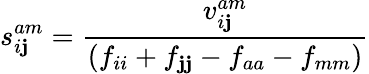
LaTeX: s_{i\mathbf{j}}^{am}=\frac{{v_{i\mathbf{j}}^{am}}}{{(f_{ii}+f_{\mathbf{j}\mathbf{j}}-f_{aa}-f_{mm})}}